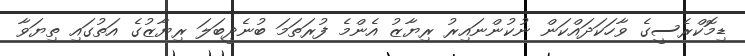
ޑިމޮކްރެސީގެ ވާހަކަދައްކަން ނުކުންނައިރު ރިޔާޒު އެންމެ ފުރަތަމަ ބުނެދީބަލަ ރިޔާޒުގެ އަތުގައި ތިޔަވާ